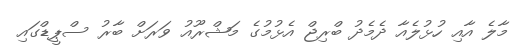
މާލެ އާއި ހުޅުލެއާ ދެމެދު ބްރިޖް އެޅުމުގެ މަޝްރޫއު ވަރަށް ބާރު ސްޕީޑްގައި